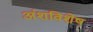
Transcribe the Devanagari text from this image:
अंशविशेष